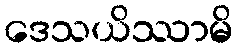
ဒေသယိဿာမိ